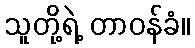
သူတို့ရဲ့ တာဝန်ခံ။